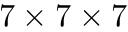
7 \times 7 \times 7